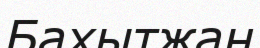
Бахытжан